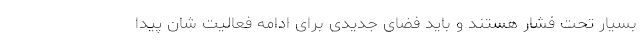
بسیار تحت فشار هستند و باید فضای جدیدی برای ادامه فعالیت شان پیدا